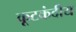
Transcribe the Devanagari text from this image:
कूटकंदीय